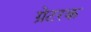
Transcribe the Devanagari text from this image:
ग्रेटरक